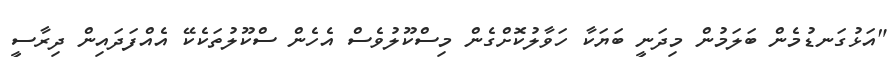
"އަޅުގަނޑުމެން ބަލަމުން މިދަނީ ބަޔަކާ ހަވާލުކޮށްގެން މިސްކޫލުވެސް އެހެން ސްކޫލުތަކެކޭ އެއްފަދައިން ދިރާސީ